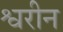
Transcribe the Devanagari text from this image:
श्वरीन